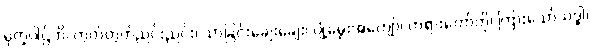
မုက္ခပါဌ်တိ၊ တွတ်တွတ်ညင်းညင်း၊ သာခြင်းချေးချေး၊ ပျံ့မွှေးအကျော်၊ တရားတော်ကို၊ ကြားသော်သဒ္ဓါ၊